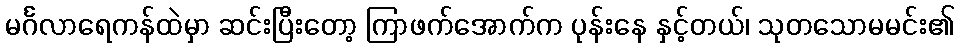
မင်္ဂလာရေကန်ထဲမှာ ဆင်းပြီးတော့ ကြာဖက်အောက်က ပုန်းနေ နှင့်တယ်၊ သုတသောမမင်း၏